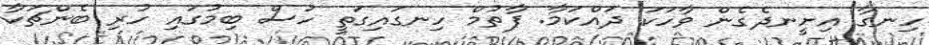
ހިނގާ އިށީނދެގެން ވާހަކަ ދައްކަމާ. ފާތުމް ހިނގައިގަތީ ހުސް ބިމުގައި ހުރި ބެންޗަކާ